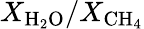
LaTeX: X_{\mathrm{H_{2}O}}/X_{\mathrm{CH_{4}}}